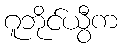
ဂူဘိုင်ယွီက